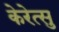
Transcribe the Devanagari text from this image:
केरेत्सु